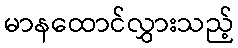
မာနထောင်လွှားသည့်